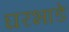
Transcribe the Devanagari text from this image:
घरभाडे